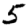
Digit: 5